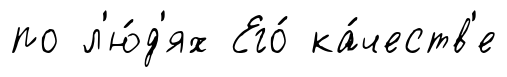
по л'ю́д'ях Его́ ка́честв'е